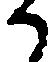
か